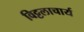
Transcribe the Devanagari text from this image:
विट्टलाचार्य